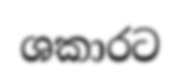
ශකාරට